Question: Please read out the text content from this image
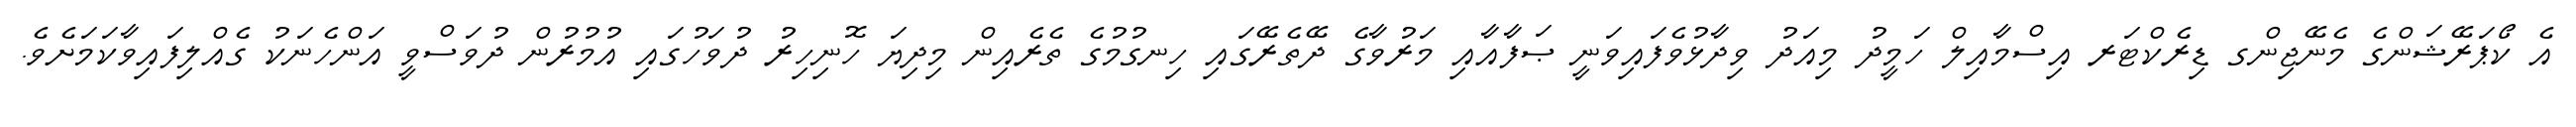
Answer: އެ ކޯޕަރޭޝަންގެ މެނޭޖިންގ ޑިރެކްޓަރ އިސްމާއިލް ހަމީދު މިއަދު ވިދާޅުވެފައިވަނީ ޞަފާއާއި މަރުވާގެ ދޭތެރޭގައި ހިނގުމުގެ ތެރެއިން މިދިޔަ ހޮނިހިރު ދުވަހުގައި އުމުރުން ދުވަސްވީ އަންހެނަކު ގެއްލިފައިވާކަމަށެވެ.